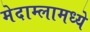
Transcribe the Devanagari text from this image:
मेदाम्लामध्ये